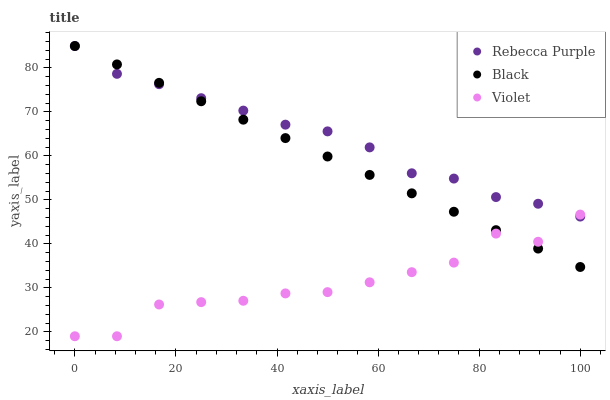
| xaxis_label | Rebecca Purple | Black | Violet |
 | --- | --- | --- | --- |
 | 0 | 85 | 85 | 19 |
 | 8.33 | 78.7 | 80.8 | 19 |
 | 16.7 | 76.3 | 76.6 | 26.2 |
 | 25 | 73.1 | 72.4 | 26.8 |
 | 33.3 | 70.3 | 68.3 | 27.1 |
 | 41.7 | 67.1 | 64.1 | 28.7 |
 | 50 | 65.6 | 59.9 | 29 |
 | 58.3 | 61.9 | 55.7 | 31.3 |
 | 66.7 | 56.1 | 51.5 | 33.6 |
 | 75 | 54.9 | 47.3 | 35.7 |
 | 83.3 | 50.6 | 43.1 | 42.3 |
 | 91.7 | 49.1 | 38.9 | 40.5 |
 | 100 | 46.2 | 34.8 | 46.7 |